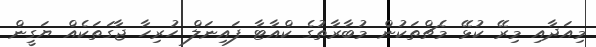
މިއަދާއި މިރޭ ކުޅޭ މެޗްތަކުން މުބާރާތުގެ ކްއާޓާ ފައިނަލް ހުރިހާ ޖާގަތަކެއް ޔަގީން